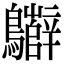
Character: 𪇷